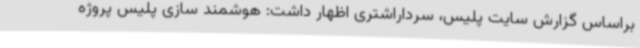
براساس گزارش سایت پلیس، سرداراشتری اظهار داشت: هوشمند سازی پلیس پروژه